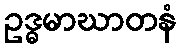
ဥဒ္ဓမာဃာတနံ